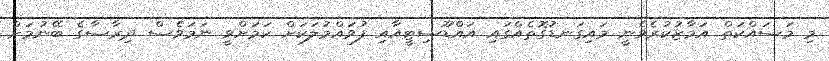
މި މަސައްކަތް އަމާޒުކުރެވެނީ މައިގަނޑުގޮތެއްގައި އައްޑޫސިޓީއާއި ފުވައްމުލަކަށް ކަމަށްވީ ނަމަވެސް ދިރާސާގެ ބޭނުމަށް